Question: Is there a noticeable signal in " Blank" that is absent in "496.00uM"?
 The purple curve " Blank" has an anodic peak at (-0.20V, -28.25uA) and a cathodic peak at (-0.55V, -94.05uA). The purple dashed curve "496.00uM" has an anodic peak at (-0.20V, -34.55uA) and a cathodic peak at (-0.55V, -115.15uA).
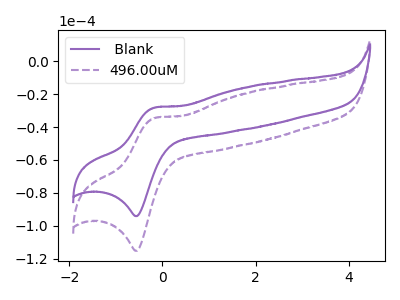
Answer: <think>All the peaks in " Blank" have a peak in "496.00uM" at the same potential.
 </think>
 <answer>No, " Blank" and "496.00uM" don't appear to be significantly different in shape</answer>
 <eval>no_change</eval>